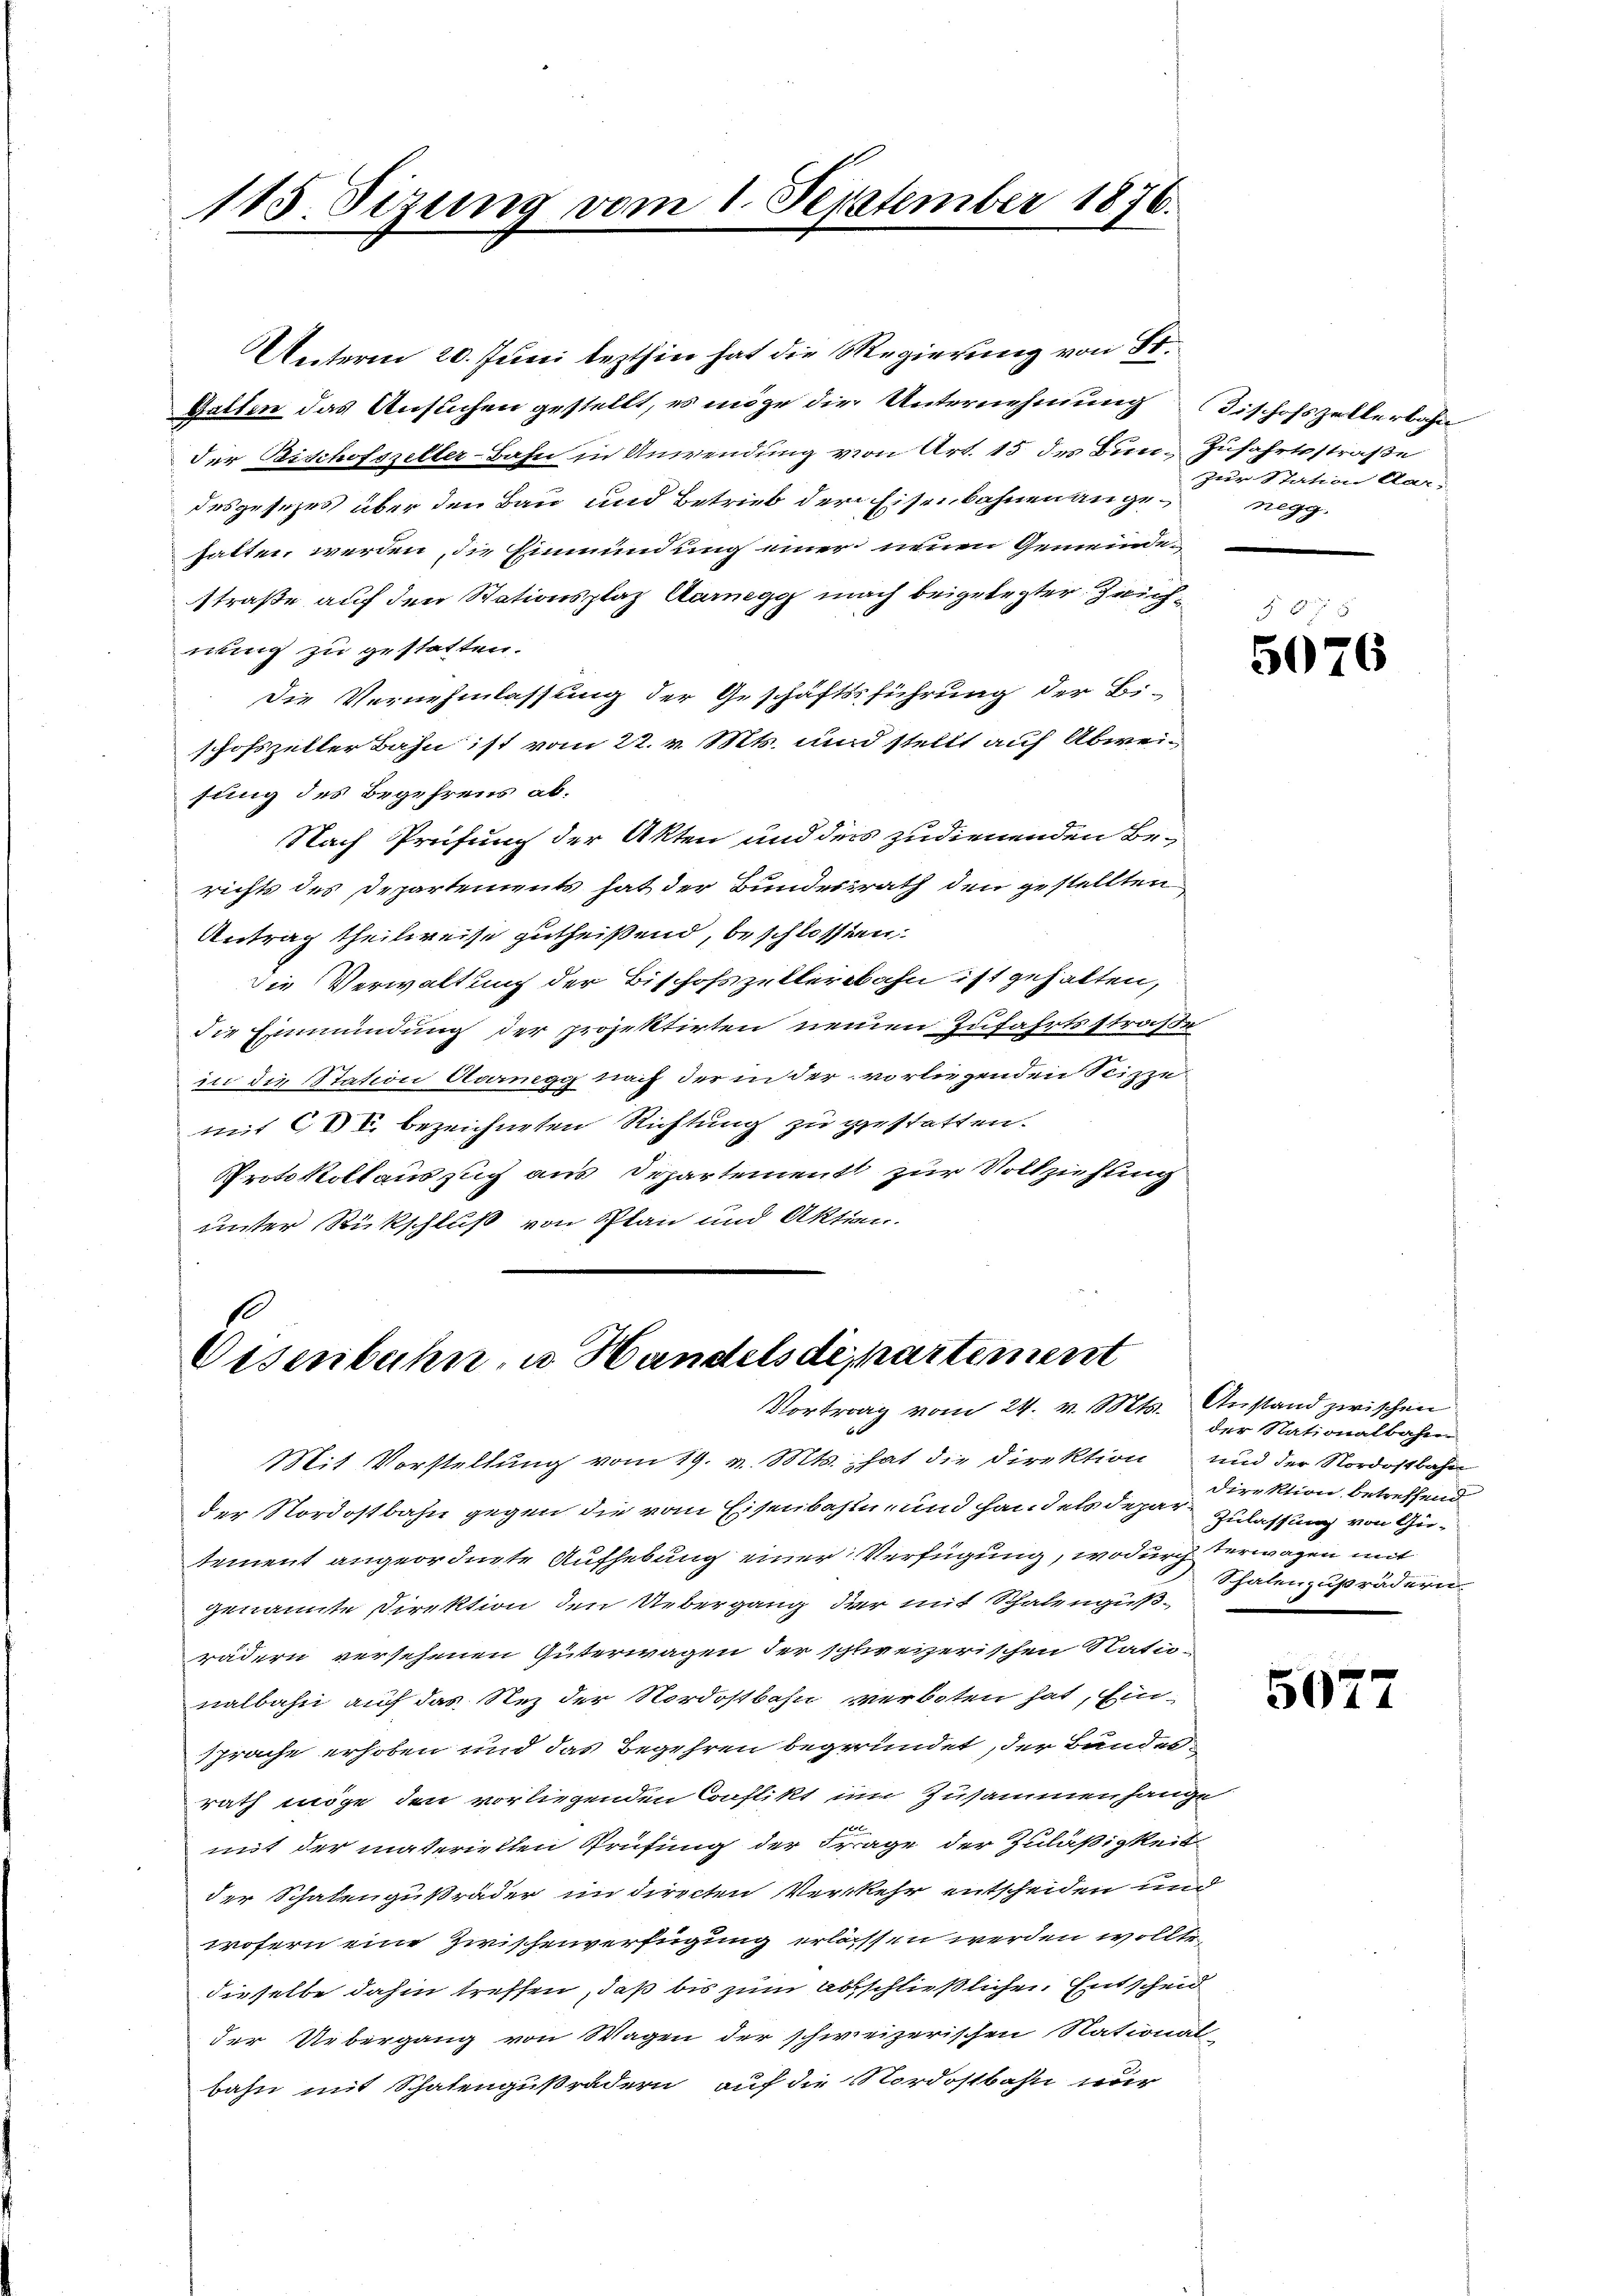
115. Sizung vom 1. September 1876.

Unterm 20. Juni lezthin hat die Regierung von St.
Gatten das Ansuchen gestellt, es möge die Unternehmung Bischofszellerbahn
der Bischofszeller-Bahn in Anwendung von Art. 15 des Bun-Zufahrtsstraße
desgesezes über den Bau und Betrieb der Eisenbahnen angehalten werden, die Einmündung einer neuen Gemeinde-
straße auf den Stationsplaz Auregg nach beigelegter Zeichnug zu gestatten.
Die Vernehmlassung der Geschäftsführung der Bi-
schofszeller Bahn ist vom 22. v. Mts. und stellt auf Abweisung des Begehrens ab¬
Nach Prüfung der Akten und der zudienenden Berichts des Departements hat der Bundesrath den gestellten
Antrag theilweise zutheißend, beschlossen:
die Verwaltung der Bischofzeller bahn ist gehalten,
die Einmündung der projektirten neuen Zufahrtsstraße
in die Station Adamgg nach der in der vorliegenden Seizze
mit CC. bezeichneten Richtung zu gestatten.
Protokoll auszug aus Departement zur Vollziehung
unter Rückschluß von Plan und Aktien.

Eisenbahn, u. Handelsdepartement
Vortrag vom 24. v. Mts. Anstand zwischen

zur Station Aar-
negg.

Mit Vorstellung vom 19. v. Mts. hat die Direktion und der Nordostbahn
der Nordostbahn gegen die vom Eisenbahn, und Handels depar Zulassung von Gusement angeordnete Aufhebung einer Verfügung, wodurch Verwagen mit
genannte Direktion den Uebergang der mit Schalengußrädern versehenen Güterwagen der schweizerischen Statunalbahn auf das Stez der Nordostbahn verboten hat, Ein-
Sprache erhoben und das Begehren begründet, der Bundes-
rath möge den vorliegenden Conflikt um Zusammenhange
mit der materiellen Prüfung der Frage der Zuläßigkeit
der Schalengußräder in directen Verkehr entscheiden und
wofern eine Zwischenverfügung erlassen werden wollte,
dieselbe dahin treffen, daß bis zum Abschließlichen Entscheid
der Uebergang von Wagen der schweizerischen National-
bahn mit Schalengußrädern auf die Nordostbahn nur

5076

der Stationalbahn
Direktion betreffend
Schalenzuprädern

5077